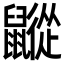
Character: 𪖁